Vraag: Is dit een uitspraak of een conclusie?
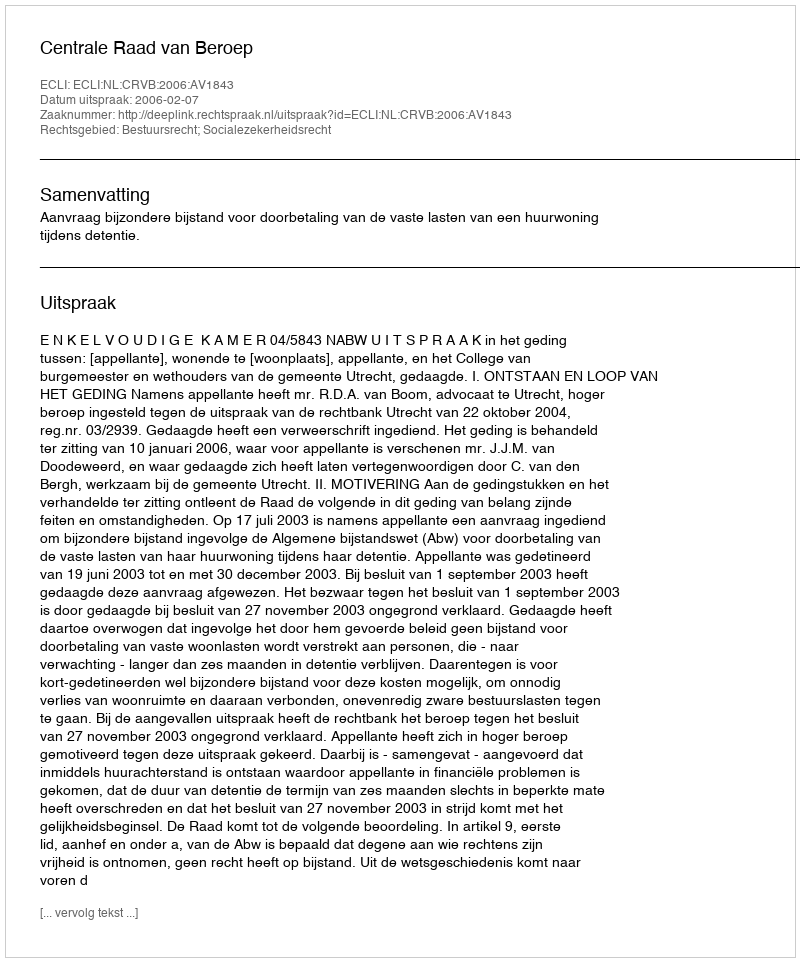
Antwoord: Uitspraak